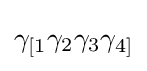
\gamma _{[1}\gamma _{2}\gamma _{3}\gamma _{4]}